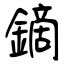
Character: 鏑